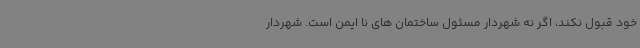
خود قبول نکند، اگر نه شهردار مسئول ساختمان های نا ایمن است. شهردار